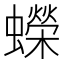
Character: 蠑